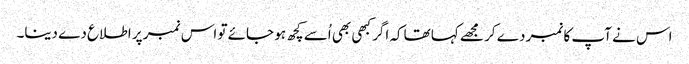
اس نے آپ کا نمبر دے کر مجھے کہا تھاکہ اگر کبھی بھی اُسے کچھ ہو جائے تو اس نمبر پر اطلاع دے دینا۔